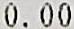
0.00